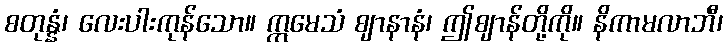
စတုန္နံ၊ လေးပါးကုန်သော။ ဣမေသံ ဈာနာနံ၊ ဤဈာန်တို့ကို။ နိကာမလာဘီ၊